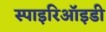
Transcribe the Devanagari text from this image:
स्पाइरिऑइडी